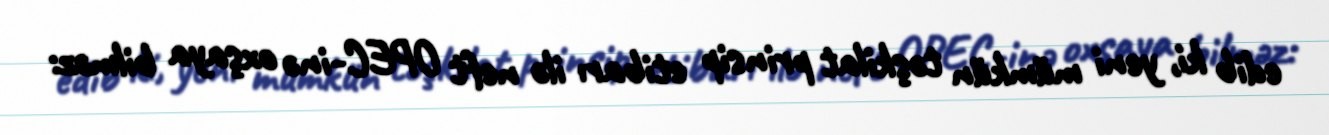
edib ki, yeni mümkün təşkilat prinsip etibarı ilə neft OPEC-inə oxşaya bilməz: